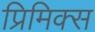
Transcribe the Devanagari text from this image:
प्रिमिक्स